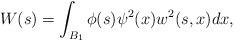
LaTeX: \begin{align*}W(s) = \int_{B_{1}}\phi(s)\psi^{2}(x)w^{2}(s,x)dx,\end{align*}